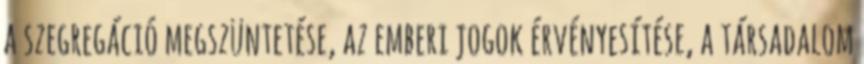
a szegregáció megszüntetése, az emberi jogok érvényesítése, a társadalom